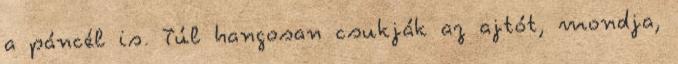
a páncél is. Túl hangosan csukják az ajtót, mondja,